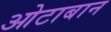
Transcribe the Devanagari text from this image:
ओटाबान